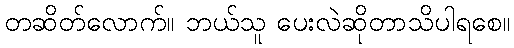
တဆိတ်လောက်။ ဘယ်သူ ပေးလဲဆိုတာသိပါရစေ။